Civil Veterinary Dept. North-West Frontier Province 1933-46 - 1933-1946
Year: 1933
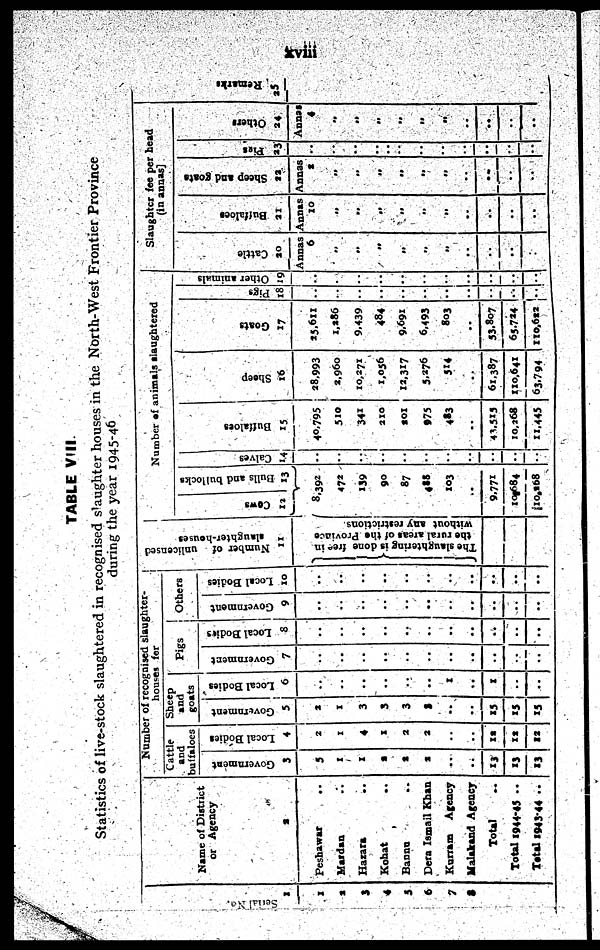
xviii
TABLE VIII
Statistics of live-stock slaughtered in recognised slaughter houses in the North-West Frontier Province
during the year 1945-46
1
1
2
3
4
5
6
7
8
Name of District
or Agency
2
Peshawar ..
Mardan ..
Hazara ..
Kohat ..
Banna ..
Dera Ismail Khan
Kurram
Agency
Malakand Agency
Total ..
Total 1944-45 ..
Total 1943-44 ..
Number of recognised slaughter-
houses for
Cattle
and
buffaloes
Go v e r
n me n t
3
5
1
1
2
2
2
..
..
13
13
13
Local Bodi es
4
2
1
4
1
2
2
..
..
12
12
12
Sheep
and
goats
Go v e r
n me n t
5
2
1
3
3
3
3
..
..
15
15
15
Local Bodies
6
..
..
..
..
..
..
1
..
1
..
..
Pigs
Go v e r
n me n t
7
..
..
..
..
..
..
..
..
..
..
..
Local Bodi es
8
..
..
..
..
..
..
..
..
..
..
....
Others
Government
9
..
..
..
..
..
..
..
..
..
..
..
Local Bodi es
10
..
..
..
..
..
..
..
..
..
..
..
Number of unlicensed
slaughter-houses
11
The s l a u g h t e r i n g is done free in
the rural areas of the Province
without any restrictions
Numbe r of a ni ma l
s s l
a ught e r
e d
Cows
12
Bulls
and bullocks
13
8392
472
139
90
87
488
103
..
9,771
10,684
10,684
Calves
14
..
..
..
..
..
..
..
..
..
..
..
Buffaloes
15
40,795
510
341
210
201
975
483
..
43,515
10,268
11,445
Sheep
16
28,993
2,960
10,271
1,056
12,317
5,276
514
..
61,387
110,641
63,794
Goats
17
25,611
1,286
9.439
484
9,691
6.493
803
..
53,807
65,724
110,622
Pigs
18
..
..
..
..
..
..
..
..
..
..
..
Other animals
19
..
..
..
..
..
..
..
..
..
..
..
Slaughter fee per head
(in annas)
Cattle
20
Annas
6
..
..
..
..
..
..
..
..
..
..
Buffaloes
21
Annas
10
..
..
..
..
..
..
..
..
..
..
Sheep and goats
22
Annas
s
..
..
..
..
..
..
..
..
..
..
Pigs
23
..
..
..
..
..
..
..
..
..
..
Others
24
Annas
4
..
..
..
..
..
..
..
..
..
..
Re ma r
ks
25